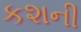
કશની